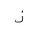
Letter: _zay